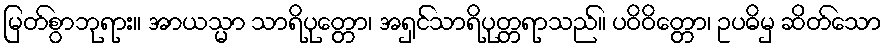
မြတ်စွာဘုရား။ အာယသ္မာ သာရိပုတ္တော၊ အရှင်သာရိပုတ္တရာသည်။ ပဝိဝိတ္တော၊ ဥပဓိမှ ဆိတ်သော